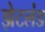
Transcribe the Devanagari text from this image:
झेटलंड